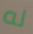
له